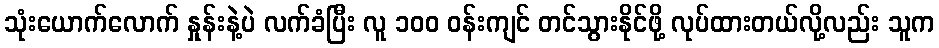
သုံးယောက်လောက် နှုန်းနဲ့ပဲ လက်ခံပြီး လူ ၁၀၀ ဝန်းကျင် တင်သွားနိုင်ဖို့ လုပ်ထားတယ်လို့လည်း သူက